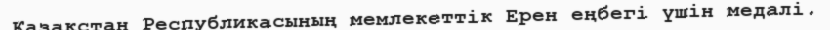
Қазақстан Республикасының мемлекеттік Ерен еңбегі үшін медалі.